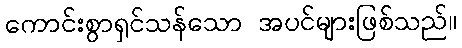
ကောင်းစွာရှင်သန်သော အပင်များဖြစ်သည်။